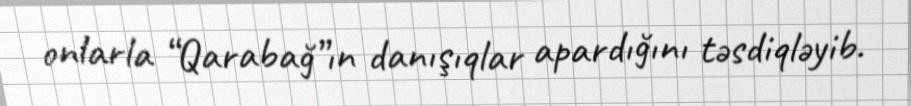
onlarla “Qarabağ”ın danışıqlar apardığını təsdiqləyib.